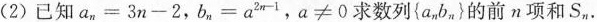
(2) 已知 $$a _ { n } = 3 n - 2$$，$$b _ { n } = a ^ { 2 n - 1 }$$，$$a ≠ 0$$ 求数列 { a_{n}b_{n} } 的前 n 项和 S_{n} .